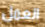
العمل